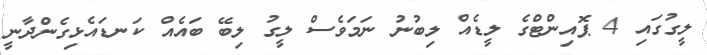
ލީގުގައި 4 ޕޮއިންޓްގެ ލީޑެއް ލިބުނު ނަމަވެސް ލީގު ލިބޭ ބައެއް ކަނޑައެޅިގެންދާނީ